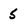
Character: 5